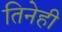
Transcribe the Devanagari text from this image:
तिनेही